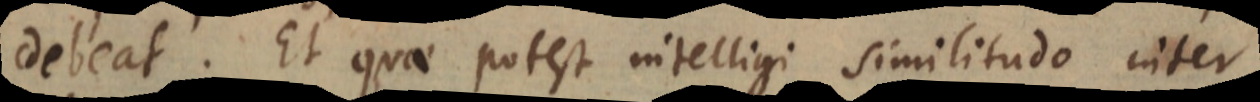
debeat. Et quae potest intelligi similitudo inter